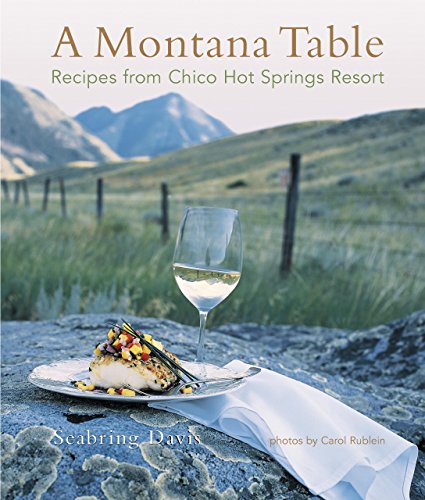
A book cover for Montana Table: Recipes From Chico Hot Springs Resort; Seabring Davis; Cookbooks, Food & Wine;